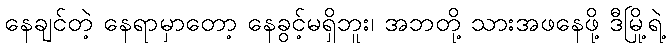
နေချင်တဲ့ နေရာမှာတော့ နေခွင့်မရှိဘူး၊ အဘတို့ သားအဖနေဖို့ ဒီမြို့ရဲ့